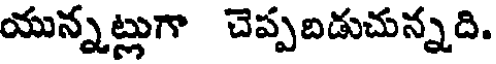
యున్నట్లుగా చెప్పబడుచున్నది.